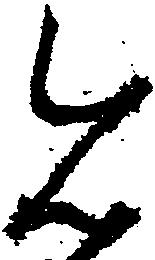
今